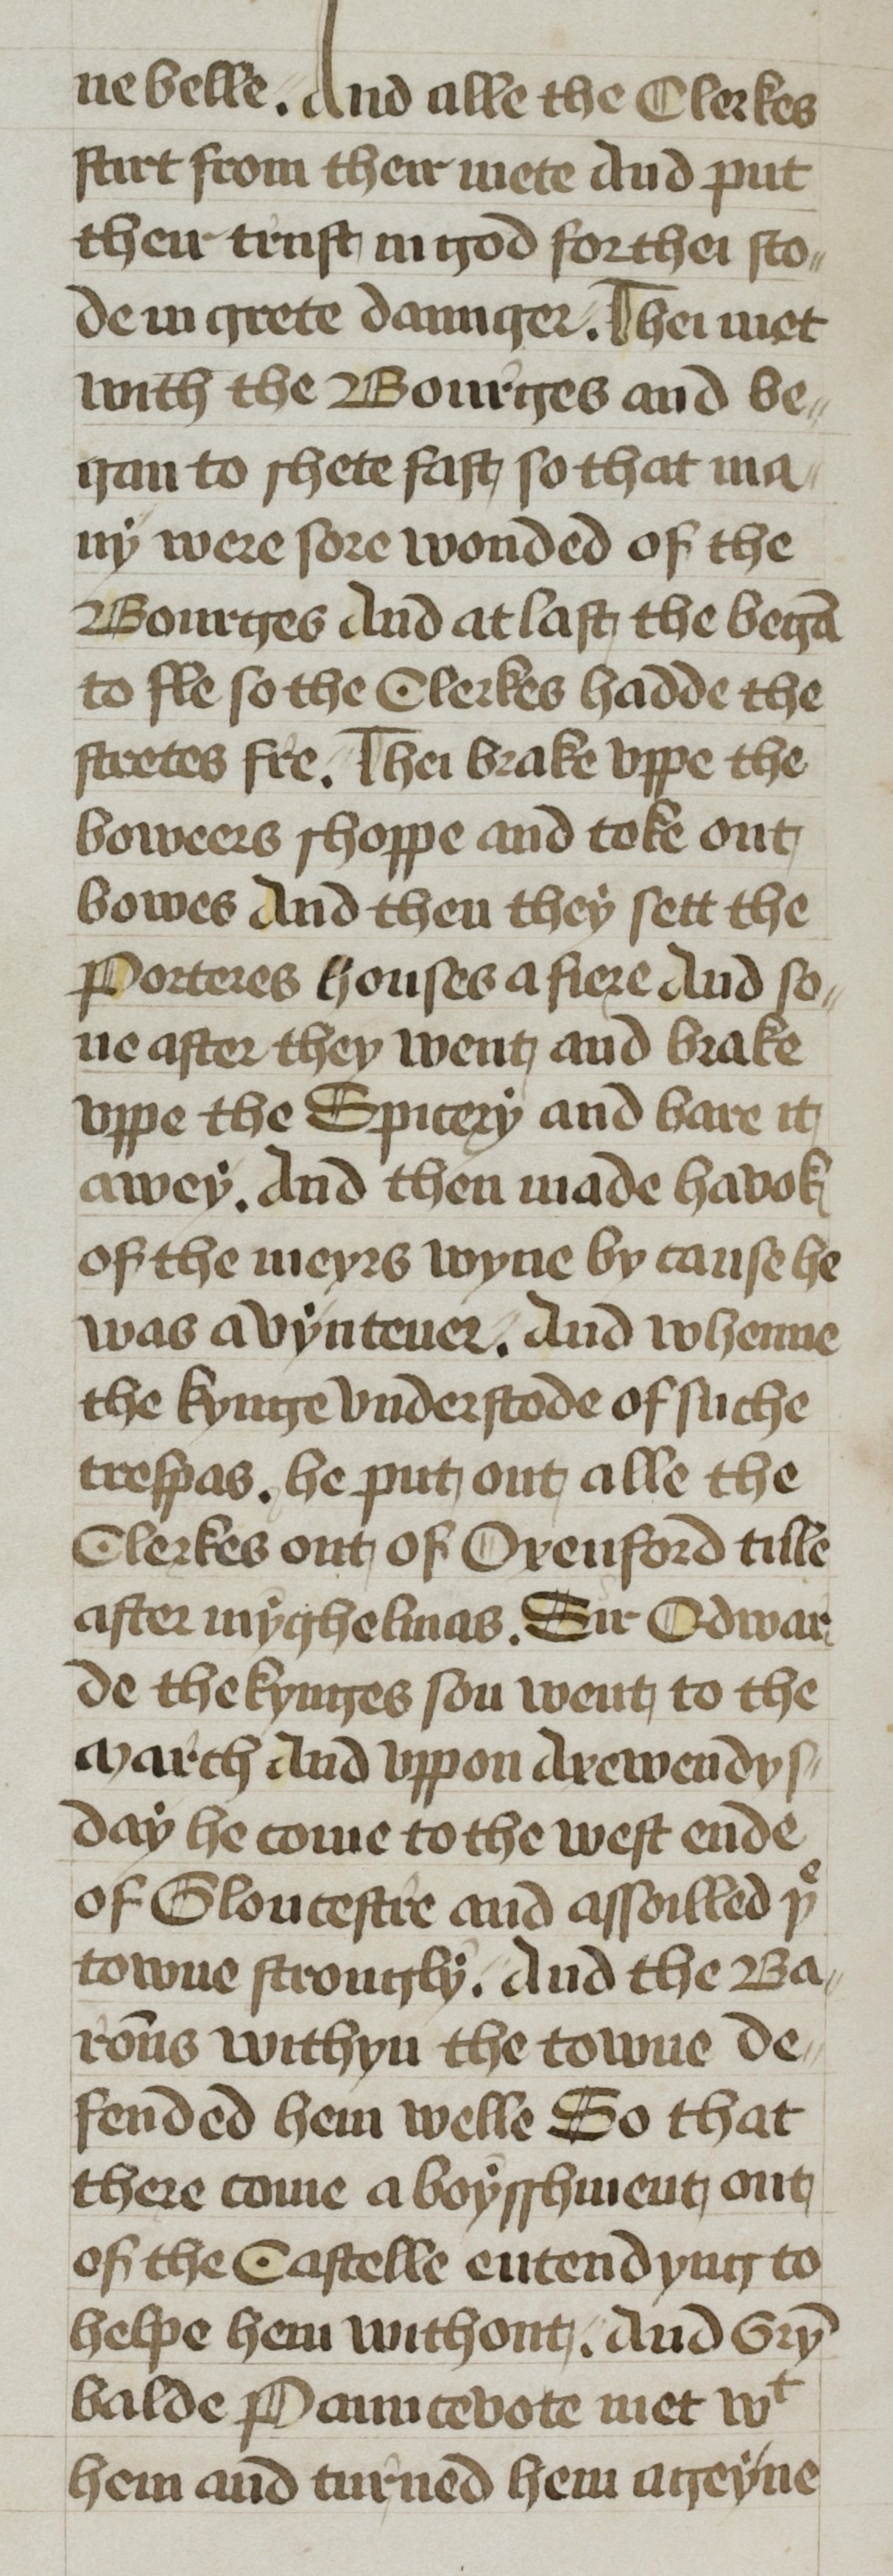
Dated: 1400–1499